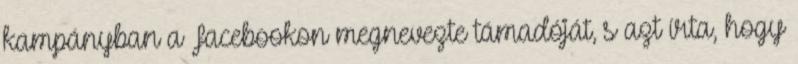
kampányban a Facebookon megnevezte támadóját, s azt írta, hogy